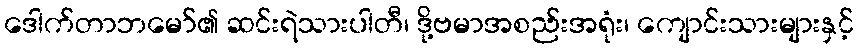
ဒေါက်တာဘမော်၏ ဆင်းရဲသားပါတီ၊ ဒို့ဗမာအစည်းအရုံး၊ ကျောင်းသားများနှင့်